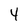
Character: 4